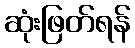
ဆုံးဖြတ်ရန်